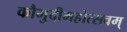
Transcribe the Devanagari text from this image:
कौमुदीमहोत्सवम्